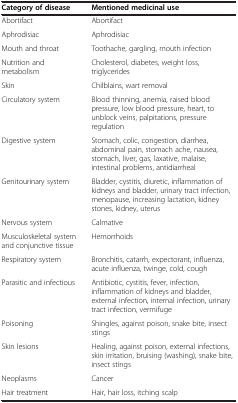
<table><thead><tr><td><b>Category of disease</b></td><td><b>Mentioned medicinal use</b></td></tr></thead><tbody><tr><td>Abortifact</td><td>Abortifact</td></tr><tr><td>Aphrodisiac</td><td>Aphrodisiac</td></tr><tr><td>Mouth and throat</td><td>Toothache, gargling, mouth infection</td></tr><tr><td>Nutrition and metabolism</td><td>Cholesterol, diabetes, weight loss, triglycerides</td></tr><tr><td>Skin</td><td>Chilblains, wart removal</td></tr><tr><td>Circulatory system</td><td>Blood thinning, anemia, raised blood pressure, low blood pressure, heart, to unblock veins, palpitations, pressure regulation</td></tr><tr><td>Digestive system</td><td>Stomach, colic, congestion, diarrhea, abdominal pain, stomach ache, nausea, stomach, liver, gas, laxative, malaise, intestinal problems, antidiarrheal</td></tr><tr><td>Genitourinary system</td><td>Bladder, cystitis, diuretic, inflammation of kidneys and bladder, urinary tract infection, menopause, increasing lactation, kidney stones, kidney, uterus</td></tr><tr><td>Nervous system</td><td>Calmative</td></tr><tr><td>Musculoskeletal system and conjunctive tissue</td><td>Hemorrhoids</td></tr><tr><td>Respiratory system</td><td>Bronchitis, catarrh, expectorant, influenza, acute influenza, twinge, cold, cough</td></tr><tr><td>Parasitic and infectious</td><td>Antibiotic, cystitis, fever, infection, inflammation of kidneys and bladder, external infection, internal infection, urinary tract infection, vermifuge</td></tr><tr><td>Poisoning</td><td>Shingles, against poison, snake bite, insect stings</td></tr><tr><td>Skin lesions</td><td>Healing, against poison, external infections, skin irritation, bruising (washing), snake bite, insect stings</td></tr><tr><td>Neoplasms</td><td>Cancer</td></tr><tr><td>Hair treatment</td><td>Hair, hair loss, itching scalp</td></tr></tbody></table>